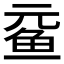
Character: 𲍉